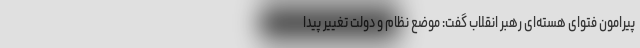
پیرامون فتوای هسته‌ای رهبر انقلاب گفت: موضع نظام و دولت تغییر پیدا